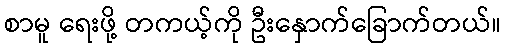
စာမူ ရေးဖို့ တကယ့်ကို ဦးနှောက်ခြောက်တယ်။